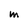
Character: M